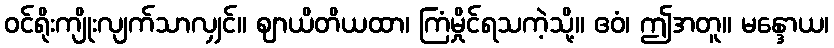
ဝင်ရိုးကျိုးလျက်သာလျှင်။ ဈာယိတိယထာ၊ ကြံမှိုင်ရသကဲ့သို့။ ဧဝံ၊ ဤအတူ။ မန္ဒောယ၊